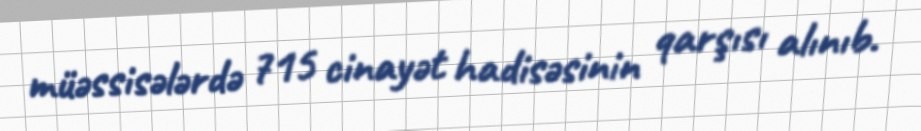
müəssisələrdə 715 cinayət hadisəsinin qarşısı alınıb.